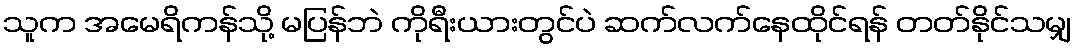
သူက အမေရိကန်သို့ မပြန်ဘဲ ကိုရီးယားတွင်ပဲ ဆက်လက်နေထိုင်ရန် တတ်နိုင်သမျှ